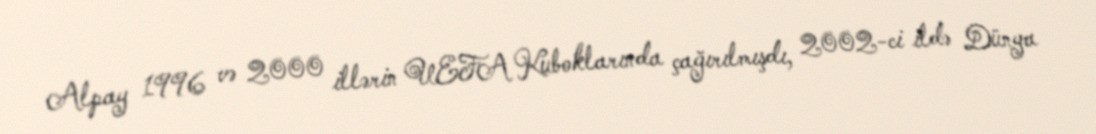
Alpay 1996 və 2000 illərin UEFA Kuboklarında çağırılmışdı, 2002-ci ildə Dünya